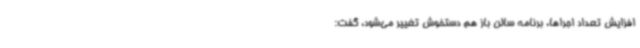
افزایش تعداد اجراها، برنامه سالن باز هم دستخوش تغییر می‌شود، گفت: